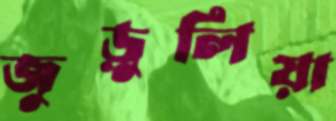
জুড়ুলিয়া